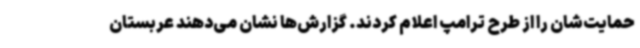
حمایت‌شان را از طرح ترامپ اعلام کردند. گزارش‌ها نشان می‌دهند عربستان